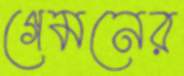
গেমনের